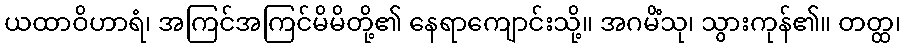
ယထာဝိဟာရံ၊ အကြင်အကြင်မိမိတို့၏ နေရာကျောင်းသို့။ အဂမိံသု၊ သွားကုန်၏။ တတ္ထ၊